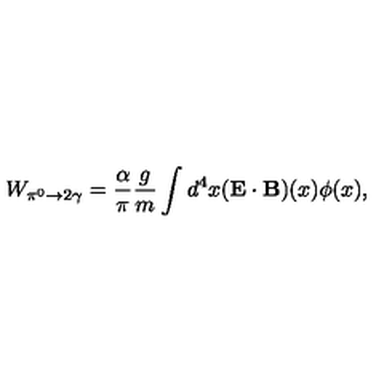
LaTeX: W _ { \pi ^ { 0 } \to 2 \gamma } = \frac { \alpha } { \pi } \frac { g } { m } \int d ^ { 4 } x ( \mathbf { E \cdot B } ) ( x ) \phi ( x ) ,